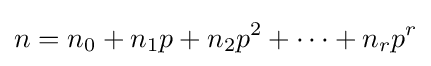
n=n_{0}+n_{1}p+n_{2}p^{2}+\cdots +n_{r}p^{r}